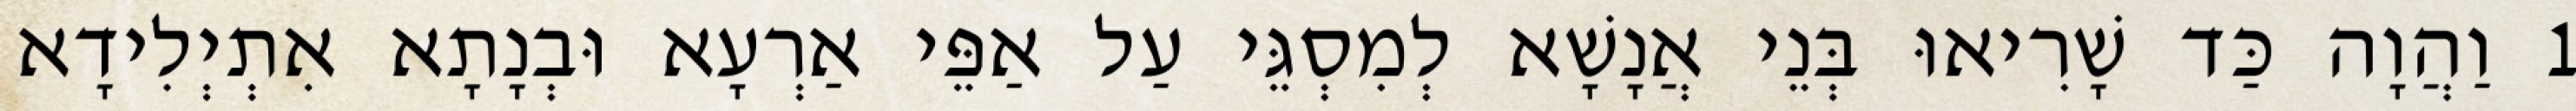
1 וַהֲוָה כַּד שָׁרִיאוּ בְּנֵי אֲנָשָׁא לְמִסְגֵּי עַל אַפֵּי אַרְעָא וּבְנָתָא אִתְיְלִידָא